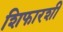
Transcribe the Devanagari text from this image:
शिफारशीं